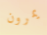
يمرون